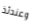
وعندئذ